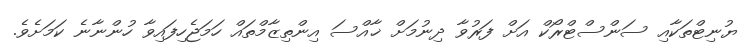
ޔުނިޓްތަކާއި ސަންސްޓްރޯކް އަށް ފަރުވާ ދިނުމަށް ޚާއްސަ އިންތިޒާމްތައް ހަމަޖެހިފައިވާ ހުންނާނެ ކަމަށެވެ.